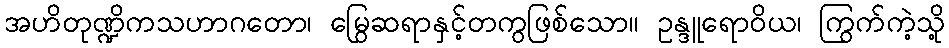
အဟိတုဏ္ဍိကသဟာဂတော၊ မြွေဆရာနှင့်တကွဖြစ်သော။ ဥန္ဒူရောဝိယ၊ ကြွက်ကဲ့သို့